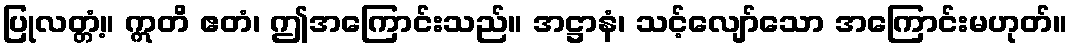
ပြုလတ္တံ့။ ဣတိ ဧတံ၊ ဤအကြောင်းသည်။ အဋ္ဌာနံ၊ သင့်လျော်သော အကြောင်းမဟုတ်။